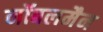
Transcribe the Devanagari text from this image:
नॉबलमैन